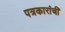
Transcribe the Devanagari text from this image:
पत्रकारांची